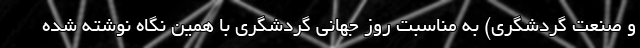
و صنعت گردشگری) به مناسبت روز جهانی گردشگری با همین نگاه نوشته شده